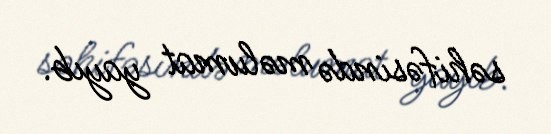
səhifəsində məlumat yayıb.